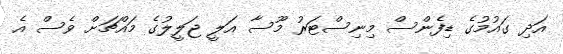
އަދި ގައުމުގެ ޑިފެންސް މިނިސްޓަރު މޫސާ އަލީ ޖަލީލުގެ މައްޗަށް ވެސް އެ